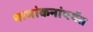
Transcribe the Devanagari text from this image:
नामांकनांपर्यंत